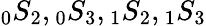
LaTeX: \phantom{}_{0}S_{2},\phantom{}_{0}S_{3},\phantom{}_{1}S_{2},\phantom{}_{1}S_{3}